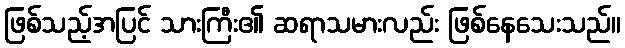
ဖြစ်သည့်အပြင် သားကြီး၏ ဆရာသမားလည်း ဖြစ်နေသေးသည်။